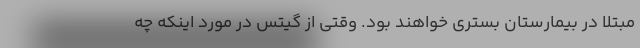
مبتلا در بیمارستان بستری خواهند بود. وقتی از گیتس در مورد اینکه چه